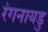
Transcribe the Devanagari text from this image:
रंगनायडु